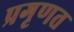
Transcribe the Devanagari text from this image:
प्रगृणत